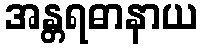
အန္တရဓာနာယ